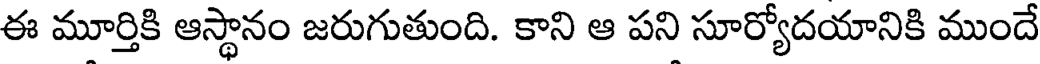
ఈ మూర్తికి ఆస్థానం జరుగుతుంది. కాని ఆ పని సూర్యోదయానికి ముందే